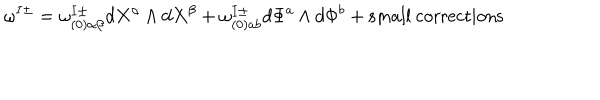
LaTeX: \omega ^ { I \pm } = \omega _ { ( 0 ) \alpha \beta } ^ { I \pm } d X ^ { \alpha } \wedge d X ^ { \beta } + \omega _ { ( 0 ) a b } ^ { I \pm } d \Phi ^ { a } \wedge d \Phi ^ { b } + \mathrm { s m a l l ~ c o r r e c t i o n s }